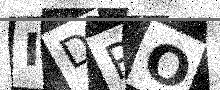
Text: IDRO